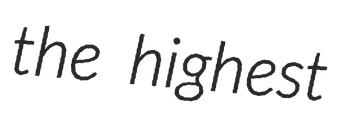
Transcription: the highest